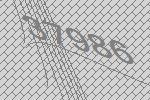
37986